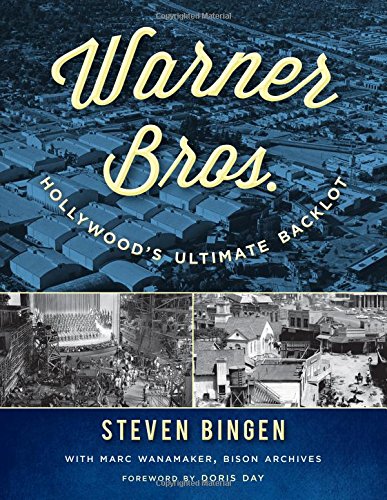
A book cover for Warner Bros.: Hollywood's Ultimate Backlot; Steven Bingen; Humor & Entertainment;